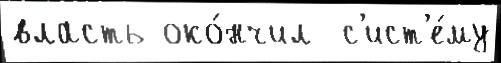
власть око́нчил  с'ист'е́му